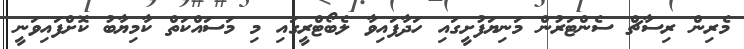
މެރިން ރިސާޗް ސެންޓަރުން މަނިޔަފުށީގައި ހަދާފައިވާ ލެބޯޓްރީގައި މި މަސައްކަތް ކާމިޔާބު ކޮށްފައިވަނީ